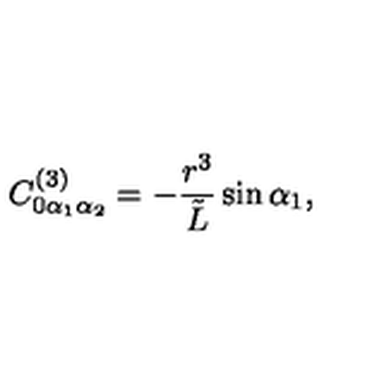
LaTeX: C _ { 0 \alpha _ { 1 } \alpha _ { 2 } } ^ { ( 3 ) } = - \frac { r ^ { 3 } } { { \tilde { L } } } \sin { \alpha _ { 1 } } ,